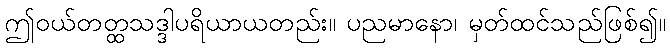
ဤဝယ်တတ္ထသဒ္ဒါပရိယာယတည်း။ ပညမာနော၊ မှတ်ထင်သည်ဖြစ်၍။